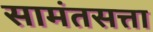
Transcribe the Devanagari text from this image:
सामंतसत्ता